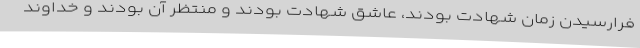
فرارسیدن زمان شهادت بودند، عاشق شهادت بودند و منتظر آن بودند و خداوند